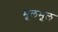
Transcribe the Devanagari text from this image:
मूलभूल्